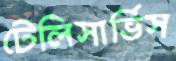
টেলিসার্ভিস